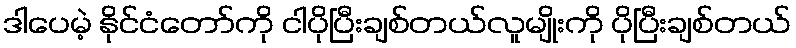
ဒါပေမဲ့ နိုင်ငံတော်ကို ငါပိုပြီးချစ်တယ်လူမျိုးကို ပိုပြီးချစ်တယ်